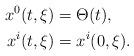
LaTeX: \begin{align*}x^0(t,\xi) &= \Theta(t),\\x^i(t, \xi) &= x^i(0 , \xi).\end{align*}